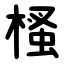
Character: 㮻